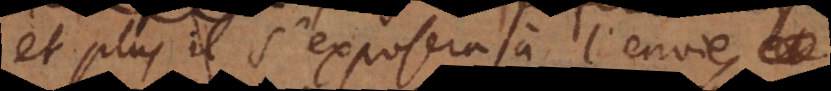
et plus il s’exposera à l’envie,